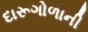
દારૂગોળાની